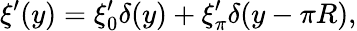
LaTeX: \xi^{\prime}(y)=\xi_{0}^{\prime}\delta(y)+\xi_{\pi}^{\prime}\delta(y-\pi R),